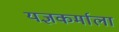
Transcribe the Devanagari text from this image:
यज्ञकर्माला